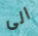
الى